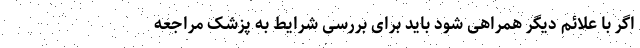
اگر با علائم دیگر همراهی شود باید برای بررسی شرایط به پزشک مراجعه